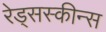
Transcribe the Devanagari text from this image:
रेड्सस्कीन्स